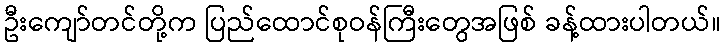
ဦးကျော်တင်တို့က ပြည်ထောင်စုဝန်ကြီးတွေအဖြစ် ခန့်ထားပါတယ်။